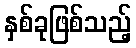
နှစ်ခုဖြစ်သည့်